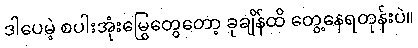
ဒါပေမဲ့ စပါးအုံးမြွေတွေတော့ ခုချိန်ထိ တွေ့နေရတုန်းပဲ။